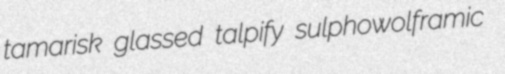
tamarisk glassed talpify sulphowolframic